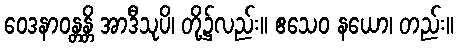
ဝေဒနာဝန္တန္တိ အာဒီသုပိ၊ တို့၌လည်း။ ဧသေဝ နယော၊ တည်း။